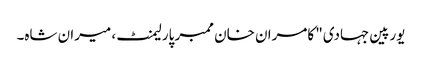
یورپین جہادی" کامران خان ممبر پارلیمنٹ، میران شاہ۔